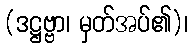
(ဒဋ္ဌဗ္ဗာ၊ မှတ်အပ်၏)၊